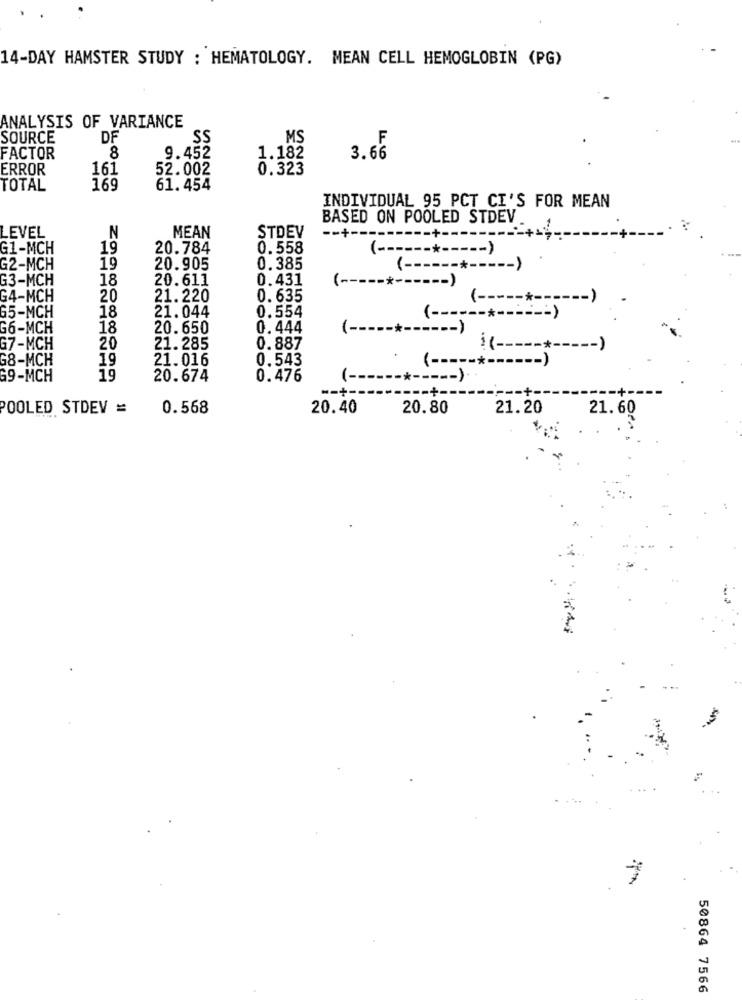
14-DAY HAMSTER STUDY : HEMATOLOGY. MEAN CELL HEMOGLOBIN (PG)
ANALYSIS OF VARIANCE
SOURCE
DF
SS
MS
F
8
1.182
FACTOR
9.452
3.66
ERROR
161
52.002
0.323
TOTAL
169
61. 454
INDIVIDUAL 95 PCT CI'S FOR MEAN
BASED ON POOLED STDEV
LEVEL
MEAN
STDEV
N
-- + ---
G1-MCH
19
20.784
0.558
( ------*----- )
G2-MCH
19
20.905
0.385
( ------*----- )
G3-MCH
18
20.611
0.431
(-
G4-MCH
20
21.220
0. 635
( ---
--*
65-MCH
18
21.044
0.554
( ---
G6-MCH
18
20.650
0.444
( -----*------ )
G7-MCH
20
21.285
0.887
-- )
G8-MCH
19
21.016
0.543
( -----*-
G9-MCH
19
20.674
0.476
-*----- )
-- +-
POOLED STDEV =
0.568
20.40
20.80
21.20
21.60
50864 7566